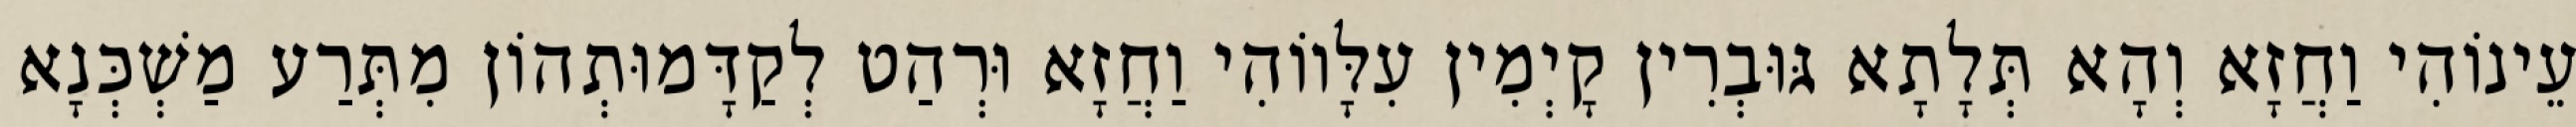
עֵינוֹהִי וַחֲזָא וְהָא תְּלָתָא גּוּבְרִין קָיְמִין עִלָּווֹהִי וַחֲזָא וּרְהַט לְקַדָּמוּתְהוֹן מִתְּרַע מַשְׁכְּנָא